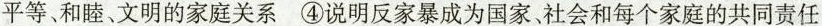
平等、和睦、文明的家庭关系④说明反家暴成为国家、社会和每个家庭的共同责任